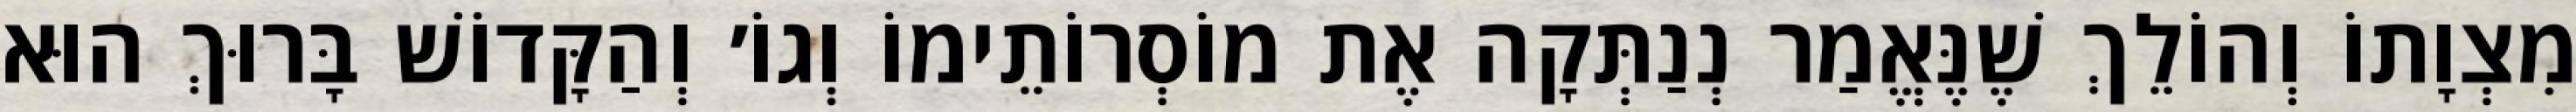
מִצְוָתוֹ וְהוֹלֵךְ שֶׁנֶּאֱמַר נְנַתְּקָה אֶת מוֹסְרוֹתֵימוֹ וְגוֹ׳ וְהַקָּדוֹשׁ בָּרוּךְ הוּא